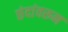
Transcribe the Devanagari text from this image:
छंदांवरून